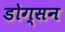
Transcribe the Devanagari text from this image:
डोग्सन